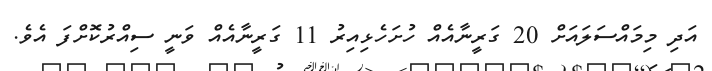
އަދި މިމައްސަލައަށް 20 ގަރީނާއެއް ހުށަހެޅިއިރު 11 ގަރީނާއެއް ވަނީ ސިއްރުކޮށްފަ އެވެ.